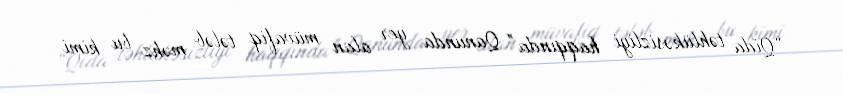
“Qida təhlükəsizliyi haqqında” Qanunda yer alan müvafiq tələb məhz bu kimi